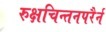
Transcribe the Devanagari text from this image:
रुक्षचिन्तनपरैर्न